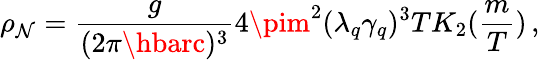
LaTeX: \rho_{\mathcal{N}}=\frac{{g}}{{(2\pi\hbarc)^{3}}}4\pim^{2}(\lambda_{q}\gamma_{q})^{3}TK_{2}(\frac{{m}}{{T}})\, ,